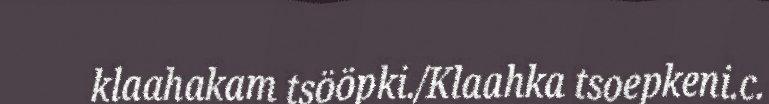
klaahakam tsööpki./Klaahka tsoepkeni.c.